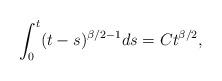
LaTeX: \begin{align*}\int_{0}^{t}(t-s)^{\beta/2 - 1}ds = C t^{\beta/2},\end{align*}